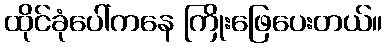
ထိုင်ခုံပေါ်ကနေ ကြိုးဖြေပေးတယ်။